Document type: Sale
Year: 1326
Scribe: Bartomeu Marc
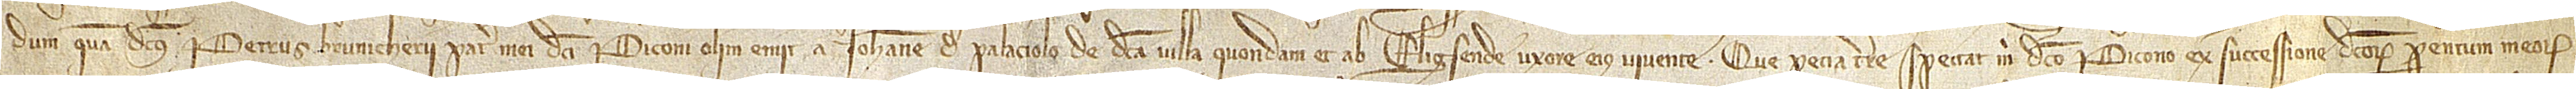
dum, quam dictus Petrus Brunicherii, pater mei dicti Periconi, olim emit a Iohanne de Palaciolo, de dicta villa, quondam, et ab Eligsende, uxore eius, vivente. Que pecia terre spectat mihi dicto Pericono ex successione dictorum parentum meorum